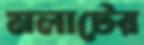
মলাটের